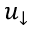
u _ { \downarrow }